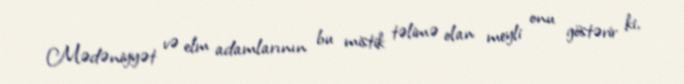
Mədəniyyət və elm adamlarının bu mistik təlimə olan meyli onu göstərir ki,